Eesti_Vabariigi_Tartu_Ulikool, lk 81
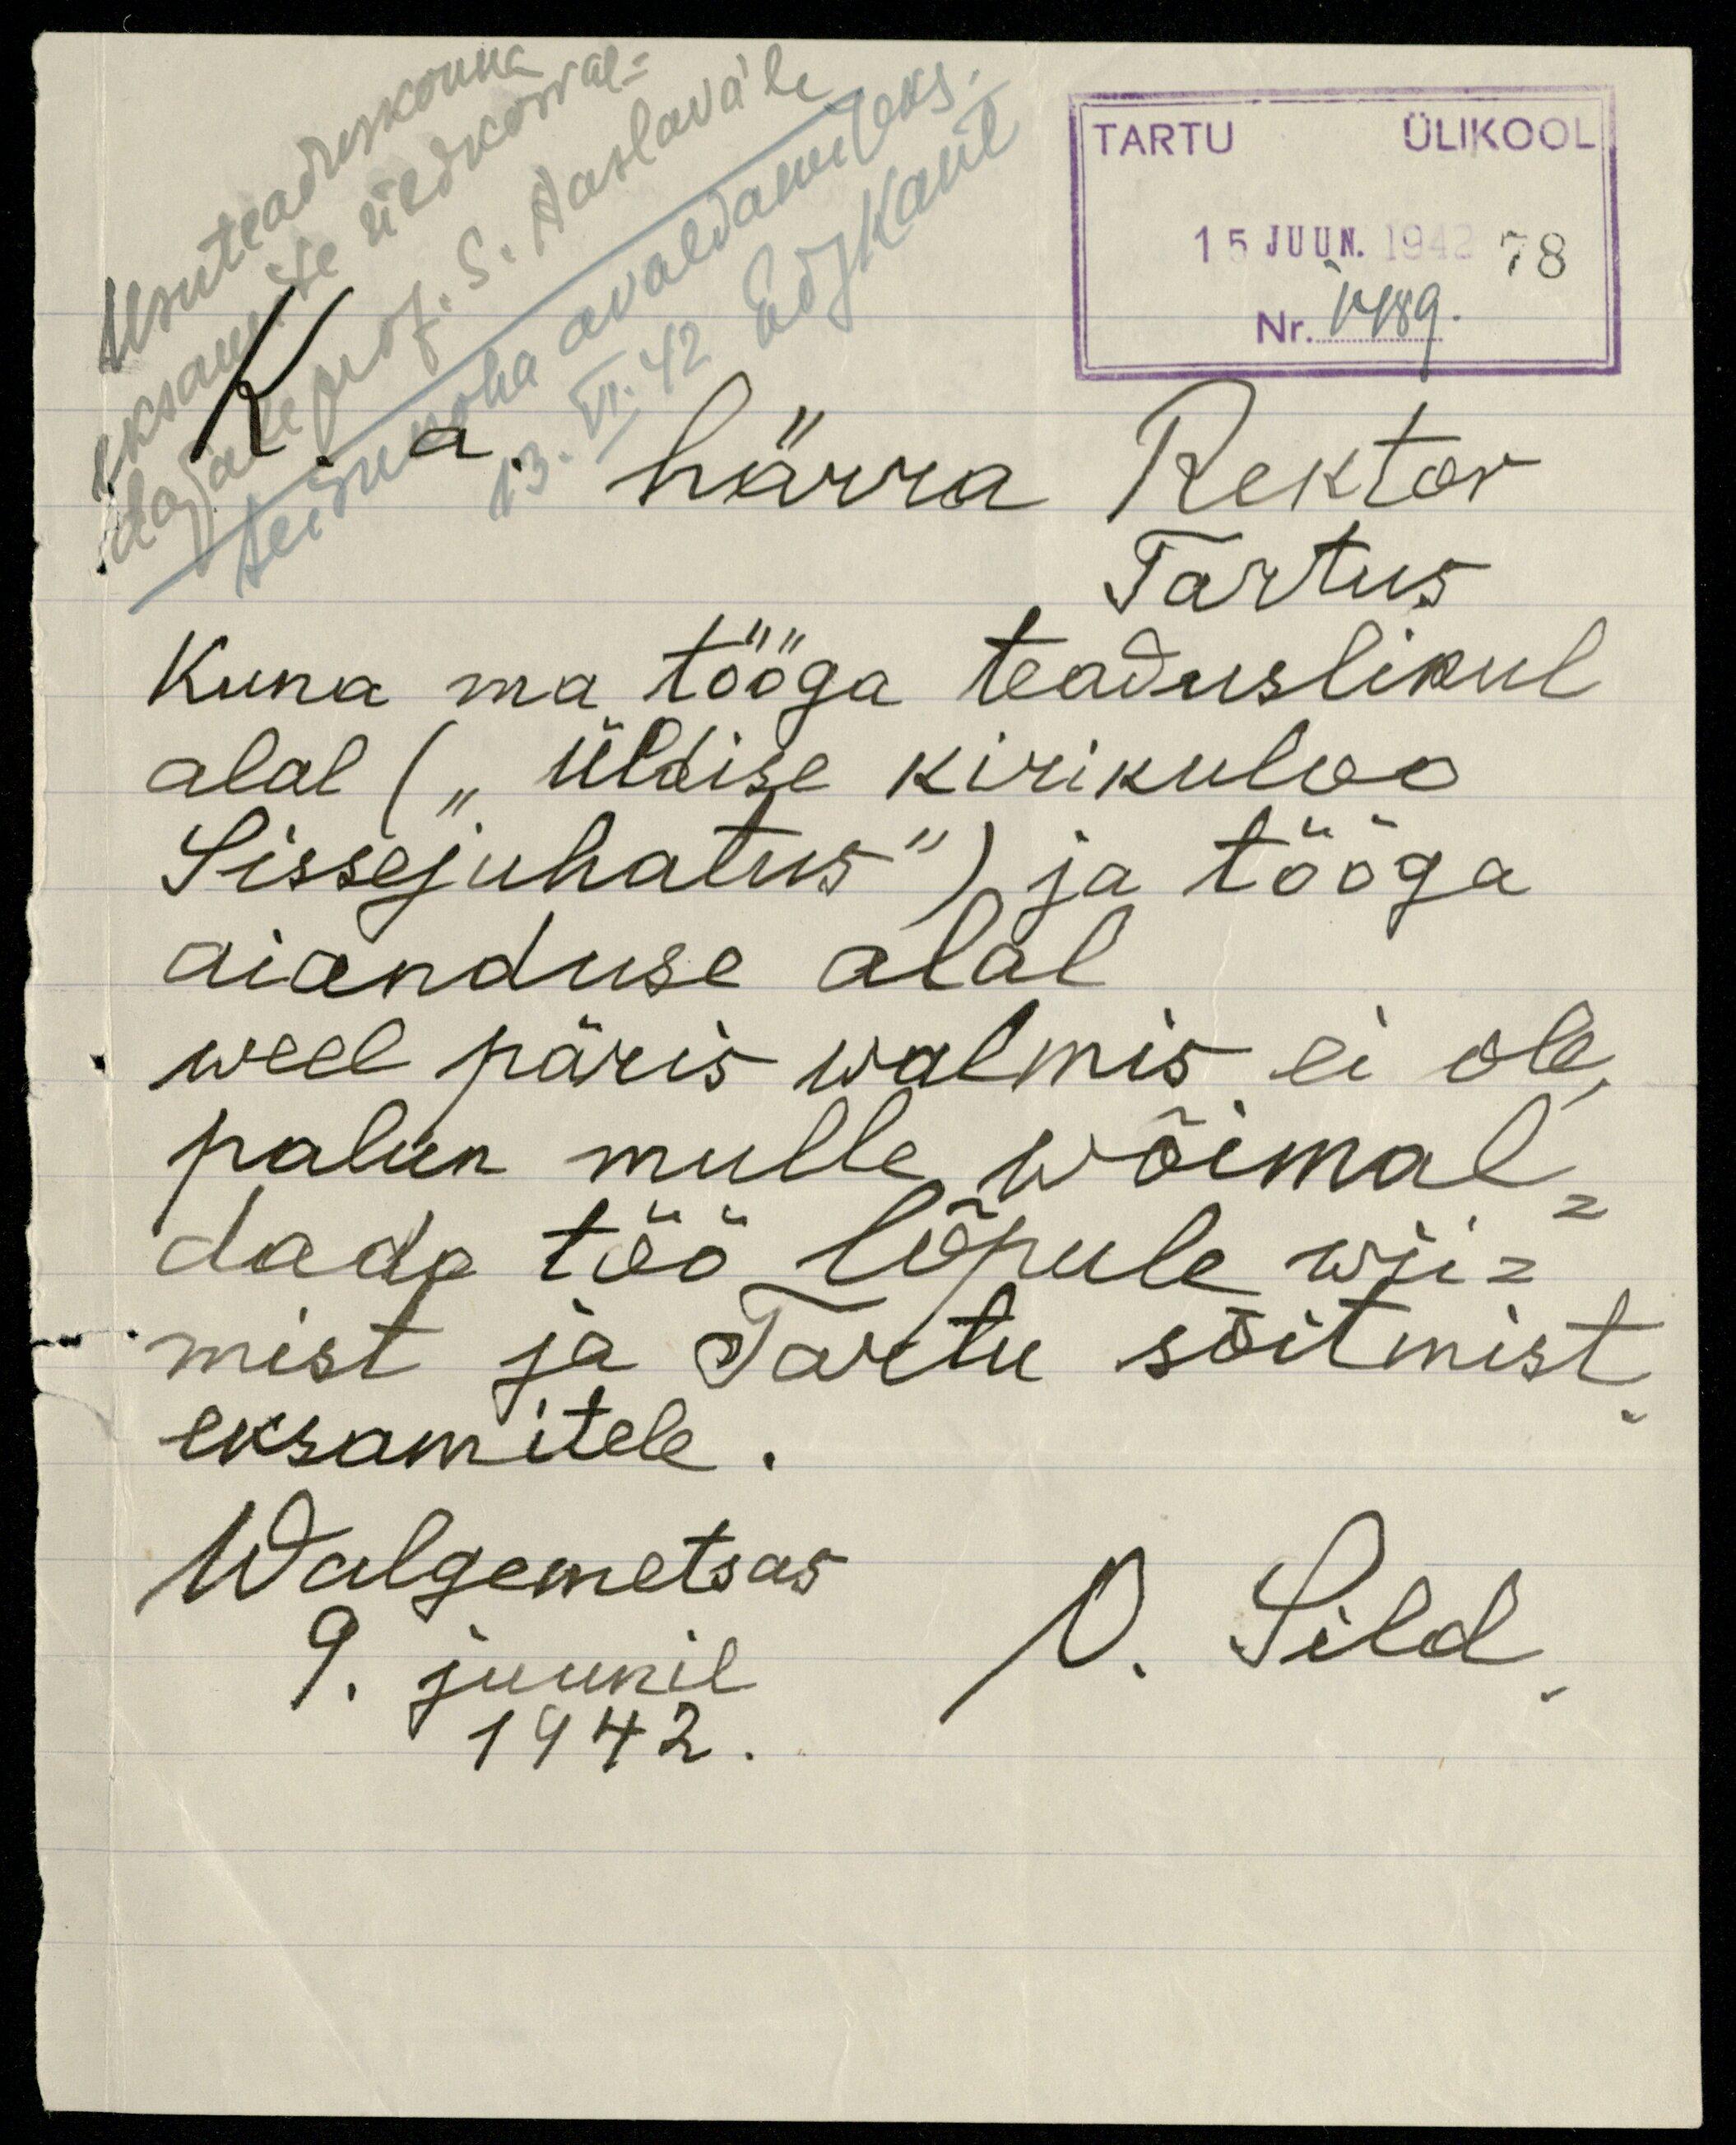
TARTU ÜLIKOOL
Usuteaduskonna
15 JUUN. 1942 78
eksamite üldkorral-
Nr. 1489.
dajale prof. S. Aaslava'le
13. VI. 42 EdgKant
seisukoha avaldamiseks.
härra Rektor
Tartus
Kuna ma tööga teaduslikul
alal ("Üldise kirikuloo
Sissejuhatus") ja tööga
aianduse alal
weel päris walmis ei ole,
palun mulle wõimal-
dada töö lõpule wii-
mist ja Tartu sõitmist
eksamitele.
Walgemetsas
9. juunil
1942.
O. Sild